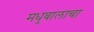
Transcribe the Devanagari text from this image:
मधुबालाचा